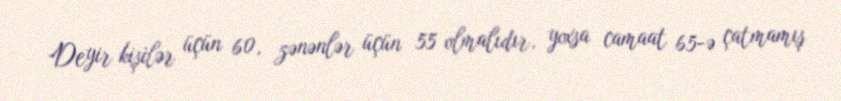
Deyir kişilər üçün 60, zənənlər üçün 55 olmalıdır, yoxsa camaat 65-ə çatmamış